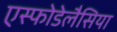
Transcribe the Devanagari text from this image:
एस्फोडेलैसिया